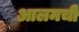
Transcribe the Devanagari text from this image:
आलमची